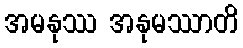
အမနုဿ အနုမဿာတိ